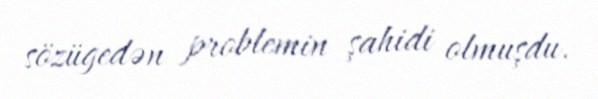
sözügedən problemin şahidi olmuşdu.